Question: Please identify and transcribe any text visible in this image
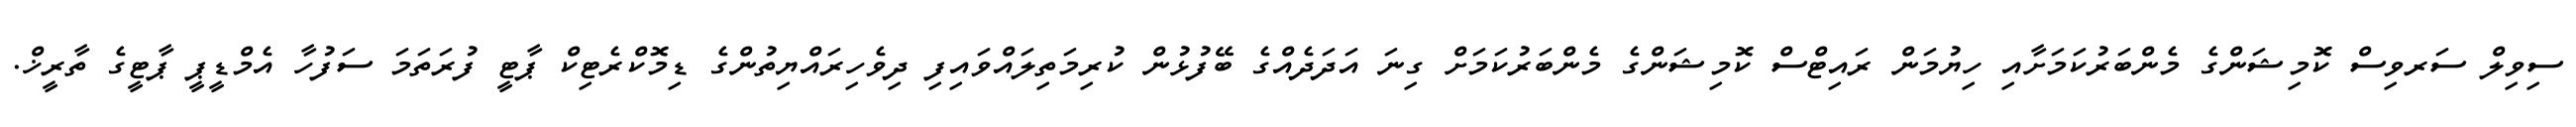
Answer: ސިވިލް ސަރވިސް ކޮމިޝަންގެ މެންބަރުކަމަށާއި ހިޔުމަން ރައިޓްސް ކޮމިޝަންގެ މެންބަރުކަމަށް ގިނަ އަދަދެއްގެ ބޭފުޅުން ކުރިމަތިލައްވައިފި ދިވެހިރައްޔިތުންގެ ޑިމޮކްރެޓިކް ޕާޓީ ފުރަތަމަ ސަފުހާ އެމްޑީޕީ ޕާޓީގެ ތާރީޚް.